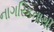
નાગરિકતાથી